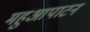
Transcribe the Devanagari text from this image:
महुआपाटन